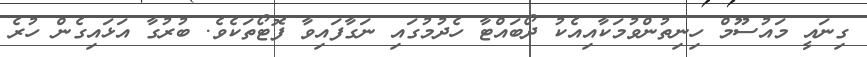
ގިނައީ މައުސޫމް ހިނިތުންވުމަކާއިއެކު ދޯބައްޓާ ހެދުމުގައި ނަގާފައިވާ ފޮޓޯތަކެވެ. ބުރުގާ އަޅައިގެން ހުރެ